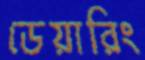
ডেয়ারিং